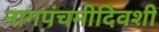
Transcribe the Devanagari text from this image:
नागपंचमीदिवशी